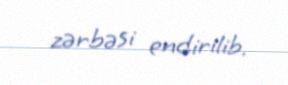
zərbəsi endirilib.